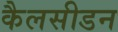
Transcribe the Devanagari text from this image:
कैलसीडन